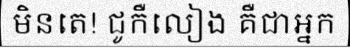
មិនតេ! ជូកឺលៀង គឺជាអ្នក